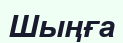
Шыңға